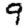
Digit: 9